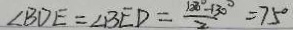
\angle B D E = \angle B E D = \frac { 1 2 0 ^ { \circ } - 1 3 0 ^ { \circ } } { 2 } = 7 5 ^ { \circ }